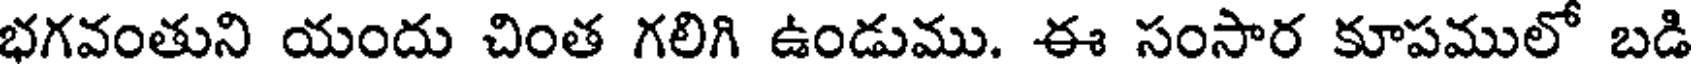
భగవంతుని యందు చింత గలిగి ఉండుము. ఈ సంసార కూపములో బడి